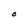
Character: O